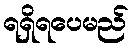
ရရှိရပေမည်